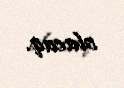
olacaq.